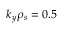
k _ { y } \rho _ { s } = 0 . 5